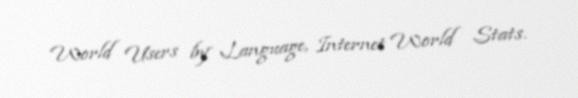
World Users by Language, Internet World Stats.